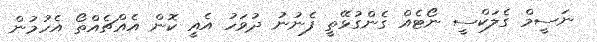
ނަސީމް ގެލަކްސީ ނޯޓެއް ގެންގުޅޭތީ ފެނުނު ދުވަހު އެއީ ކޮން އެއްޗެއްތޯ އެހުމުން